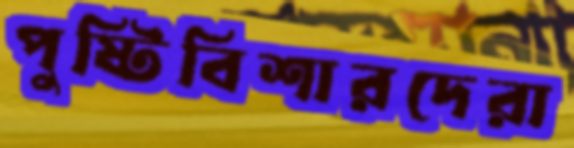
পুষ্টিবিশারদেরা